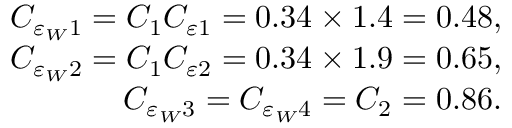
\begin{array} { r l r } & { } & { C _ { \varepsilon _ { W } 1 } = C _ { 1 } C _ { \varepsilon 1 } = 0 . 3 4 \times 1 . 4 = 0 . 4 8 , } \\ & { } & { C _ { \varepsilon _ { W } 2 } = C _ { 1 } C _ { \varepsilon 2 } = 0 . 3 4 \times 1 . 9 = 0 . 6 5 , } \\ & { } & { C _ { \varepsilon _ { W } 3 } = C _ { \varepsilon _ { W } 4 } = C _ { 2 } = 0 . 8 6 . } \end{array}